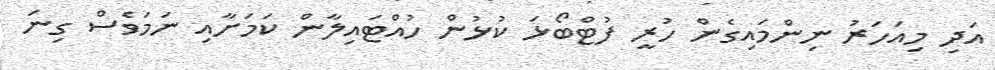
އަދި މިއަހަރު ނިންމައިގެން ހުރީ ފުޓްބޯޅަ ކުޅުން ހުއްޓައިލާން ކަމަށާއި ނަމަވެސް ގިނަ